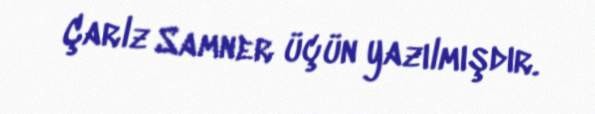
Çarlz Samner üçün yazılmışdır.